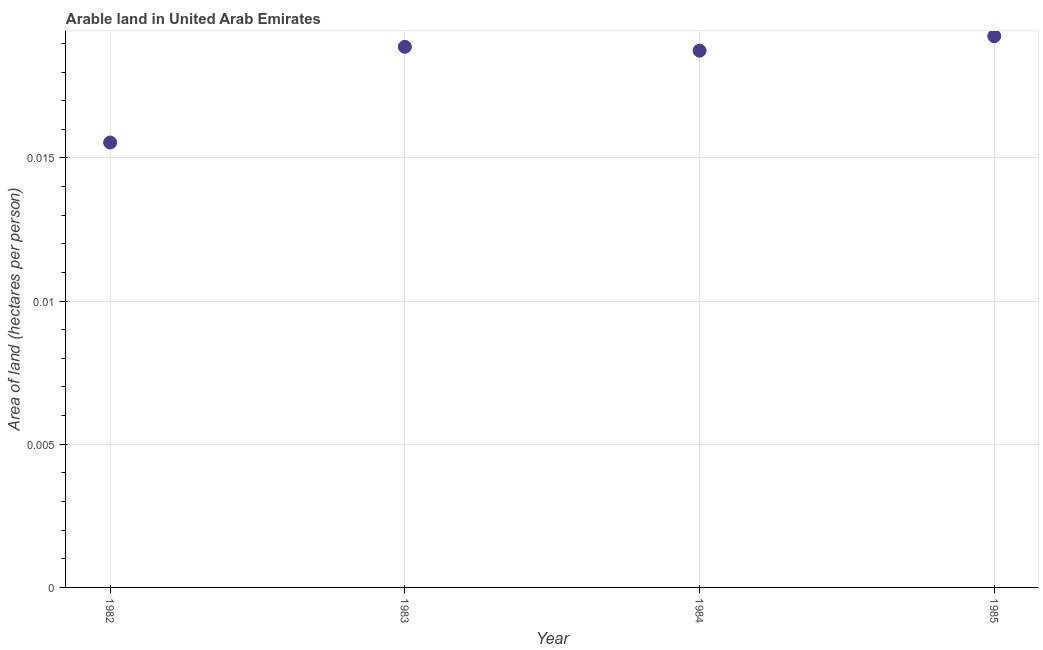
| Year | Arable land |
 | --- | --- |
 | 1982 | 0.0155 |
 | 1983 | 0.0189 |
 | 1984 | 0.0187 |
 | 1985 | 0.0193 |